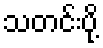
သတင်းပို့